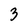
Character: 3